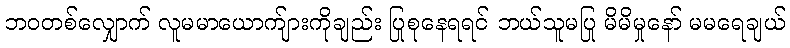
ဘဝတစ်လျှောက် လူမမာယောက်ျားကိုချည်း ပြုစုနေရရင် ဘယ်သူမပြု မိမိမှုနော် မမရေချယ်